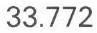
33.772